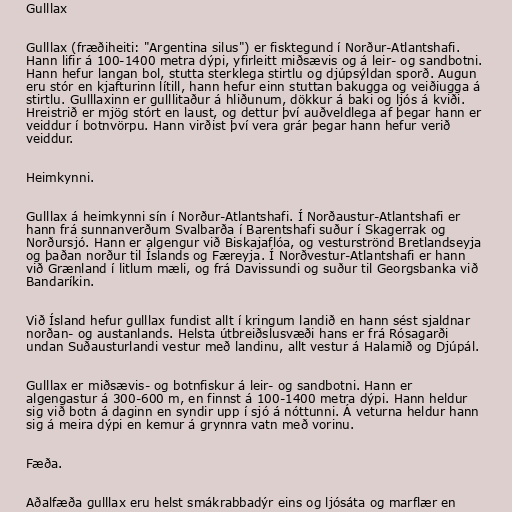
Gulllax

Gulllax (fræðiheiti: "Argentina silus") er fisktegund í Norður-Atlantshafi.
Hann lifir á 100-1400 metra dýpi, yfirleitt miðsævis og á leir- og sandbotni.
Hann hefur langan bol, stutta sterklega stirtlu og djúpsýldan sporð. Augun
eru stór en kjafturinn lítill, hann hefur einn stuttan bakugga og veiðiugga á
stirtlu. Gulllaxinn er gulllitaður á hliðunum, dökkur á baki og ljós á kviði.
Hreistrið er mjög stórt en laust, og dettur því auðveldlega af þegar hann er
veiddur í botnvörpu. Hann virðist því vera grár þegar hann hefur verið
veiddur.

Heimkynni.

Gulllax á heimkynni sín í Norður-Atlantshafi. Í Norðaustur-Atlantshafi er
hann frá sunnanverðum Svalbarða í Barentshafi suður í Skagerrak og
Norðursjó. Hann er algengur við Biskajaflóa, og vesturströnd Bretlandseyja
og þaðan norður til Íslands og Færeyja. Í Norðvestur-Atlantshafi er hann
við Grænland í litlum mæli, og frá Davissundi og suður til Georgsbanka við
Bandaríkin.

Við Ísland hefur gulllax fundist allt í kringum landið en hann sést sjaldnar
norðan- og austanlands. Helsta útbreiðslusvæði hans er frá Rósagarði
undan Suðausturlandi vestur með landinu, allt vestur á Halamið og Djúpál.

Gulllax er miðsævis- og botnfiskur á leir- og sandbotni. Hann er
algengastur á 300-600 m, en finnst á 100-1400 metra dýpi. Hann heldur
sig við botn á daginn en syndir upp í sjó á nóttunni. Á veturna heldur hann
sig á meira dýpi en kemur á grynnra vatn með vorinu.

Fæða.

Aðalfæða gulllax eru helst smákrabbadýr eins og ljósáta og marflær en